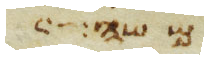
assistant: משה